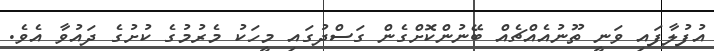
އުފުލާފައި ވަނީ ތޫނުއެއްޗެއް ބޭނުންކޮށްގެން ގަސްދުގައި މީހަކު މެރުމުގެ ކުށުގެ ދައުވާ އެވެ.